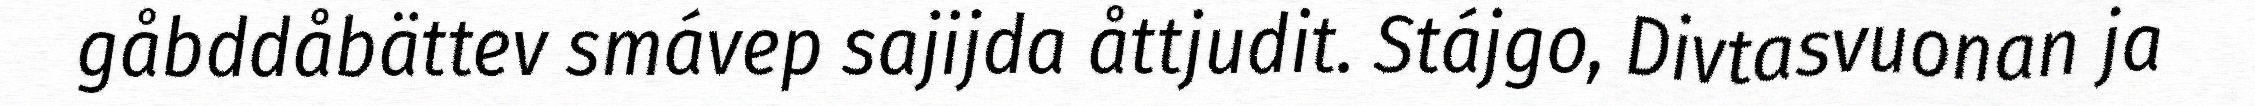
gåbddåbättev smávep sajijda åttjudit. Stájgo, Divtasvuonan ja